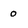
Character: 0